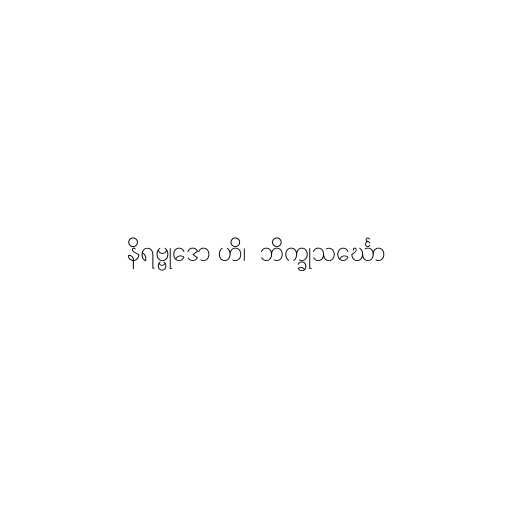
နိရဗ္ဗုဒော ဟိ၊  ဘိက္ခုသင်္ဃော